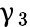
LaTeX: \upgamma_{3}